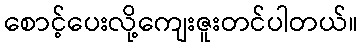
စောင့်ပေးလို့ကျေးဇူးတင်ပါတယ်။